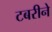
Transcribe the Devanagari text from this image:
टबरीने